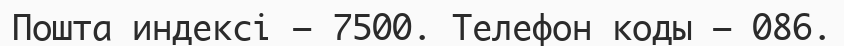
Пошта индексі — 7500. Телефон коды — 086.